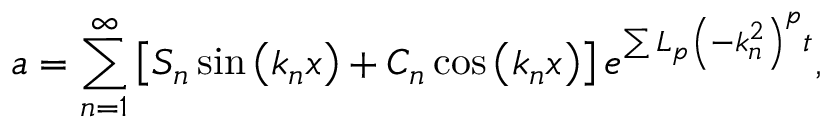
a = \sum _ { n = 1 } ^ { \infty } \left[ S _ { n } \sin \left( k _ { n } x \right) + C _ { n } \cos \left( k _ { n } x \right) \right] e ^ { \sum L _ { p } \left( - k _ { n } ^ { 2 } \right) ^ { p } t } ,